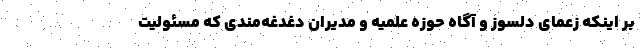
بر اینکه زعمای دلسوز و آگاه حوزه علمیه و مدیران دغدغه‌مندی که مسئولیت